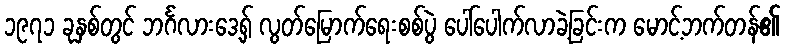
၁၉၇၁ ခုနှစ်တွင် ဘင်္ဂလားဒေ့ရှ် လွတ်မြောက်ရေးစစ်ပွဲ ပေါ်ပေါက်လာခဲ့ခြင်းက မောင့်ဘက်တန်၏